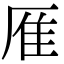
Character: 㕍